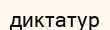
диктатур